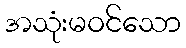
အသုံးမဝင်သော